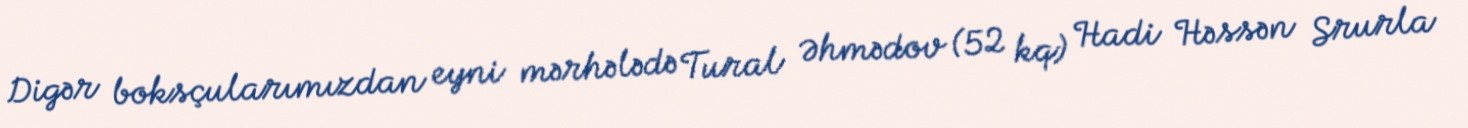
Digər boksçularımızdan eyni mərhələdə Tural Əhmədov (52 kq) Hadi Həssən Srurla